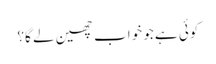
کوئی ہے جو خواب چھین لے گا؟